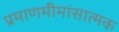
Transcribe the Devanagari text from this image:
प्रमाणमीमांसात्मक